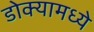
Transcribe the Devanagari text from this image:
डोक्यामध्ये